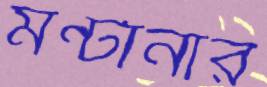
মন্টানার